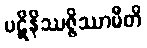
ပဋိနိဿဇ္ဇိဿာမီတိ